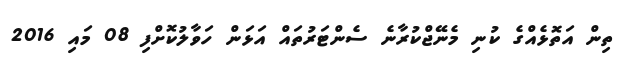
ތިން އަތޮޅެއްގެ ކުނި މެނޭޖްކުރާނެ ސެންޓަރުތައް އަޅަން ހަވާލުކޮށްފި 08 މައި 2016